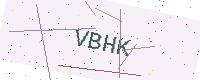
Text: VBHK